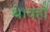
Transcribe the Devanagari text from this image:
थे।यहाँ